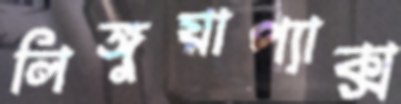
লিঙ্গুয়াপ্যাক্স